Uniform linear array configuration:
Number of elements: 8
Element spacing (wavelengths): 1
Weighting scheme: cosine
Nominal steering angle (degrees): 15
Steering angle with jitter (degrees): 14.857
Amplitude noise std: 0.05
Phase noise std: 0.05

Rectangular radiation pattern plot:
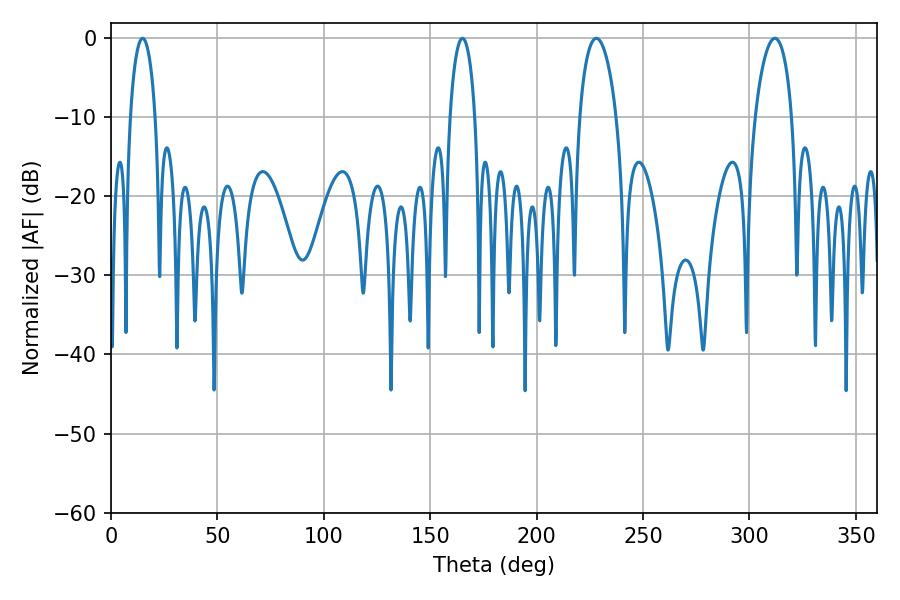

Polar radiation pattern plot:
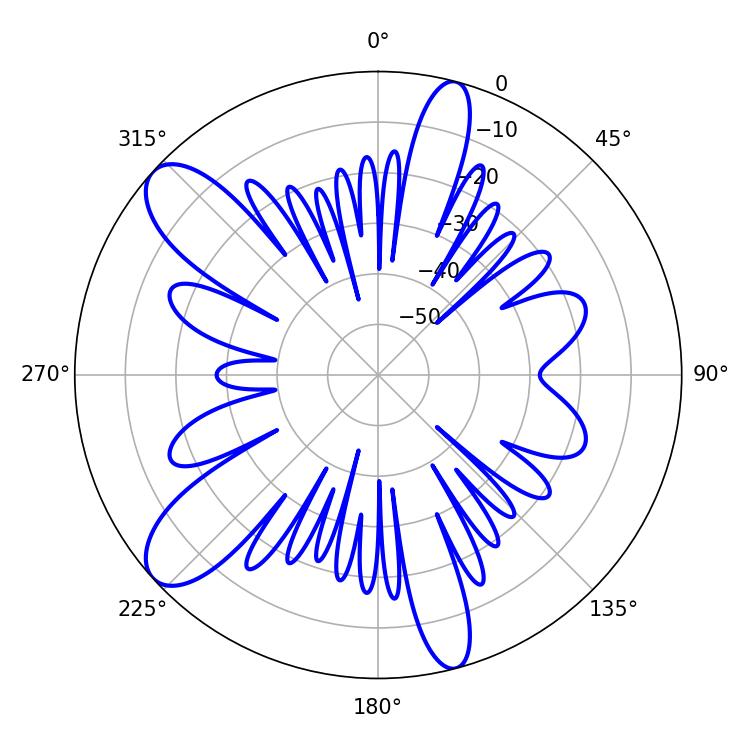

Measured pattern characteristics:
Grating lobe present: TRUE
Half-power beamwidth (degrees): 9.9
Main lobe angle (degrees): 228.06